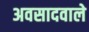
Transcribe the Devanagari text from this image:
अवसादवाले